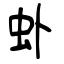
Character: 虲